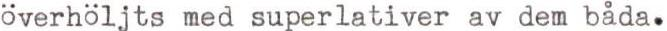
överhöljts med superlativer av dem båda.